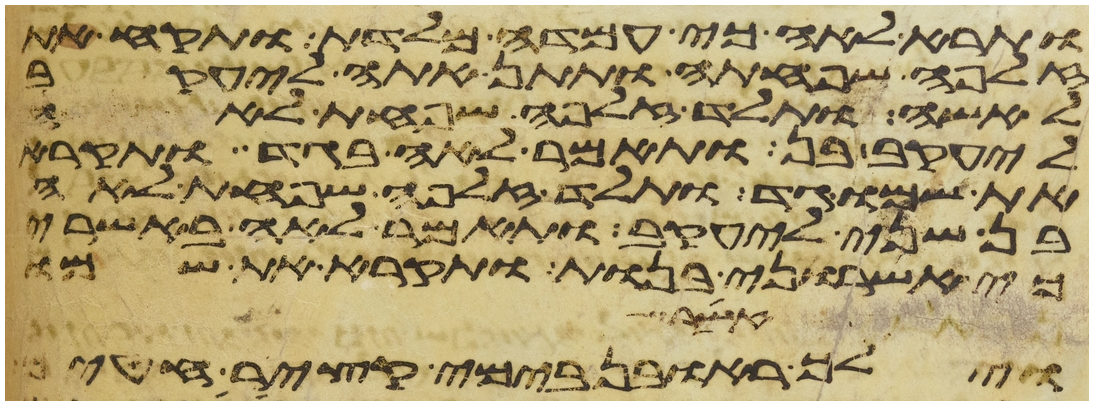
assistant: ותרא לאה כי עמדה מלדת ותקח את
זלפה שפחתה ותתן אתה ליעקב
לאשה ותלד זלפה שפחת לאה
ליעקב בן ותאמר לאה בגד ותקרא
את שמו גד ותלד זלפה שפחת לאה
בן שני ליעקב ותאמר לאה באשרי
כי אשרוני בנות ותקרא את שמו
אשר
וילך ראובן בימי קציר חטים